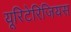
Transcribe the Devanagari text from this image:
यूरिटेरिजियस